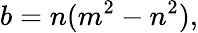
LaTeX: b=n(m^{2}-n^{2}),